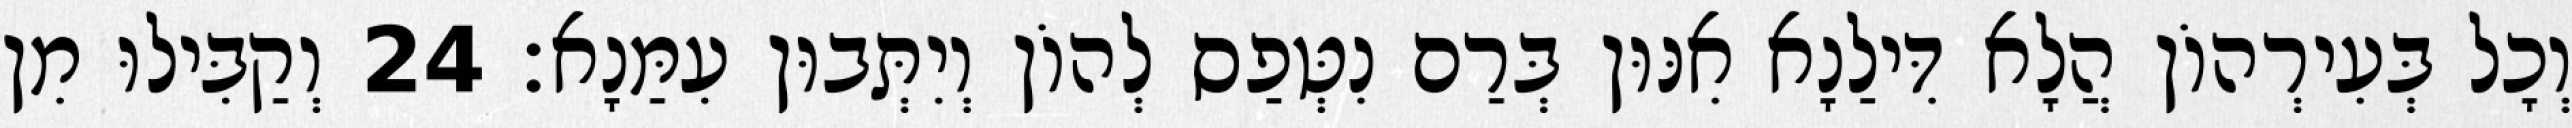
וְכָל בְּעִירְהוֹן הֲלָא דִּילַנָא אִנּוּן בְּרַם נִטְּפַס לְהוֹן וְיִתְּבוּן עִמַּנָא׃ 24 וְקַבִּילוּ מִן